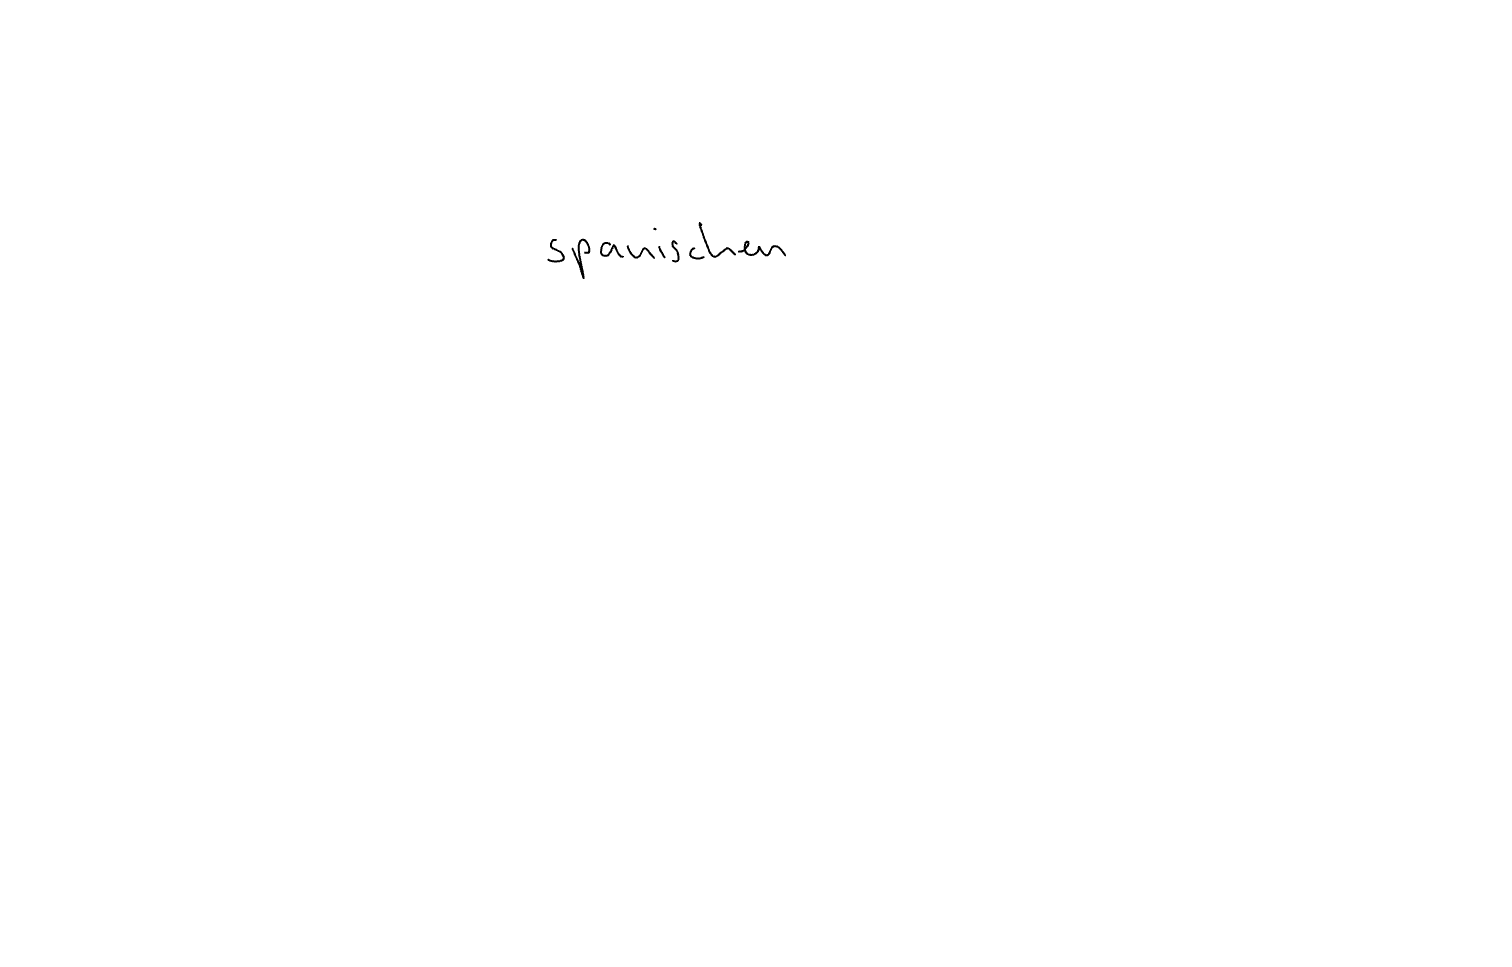
Text: spanischen